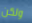
ولكن